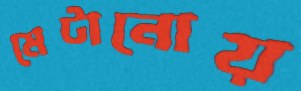
মেটানোয়